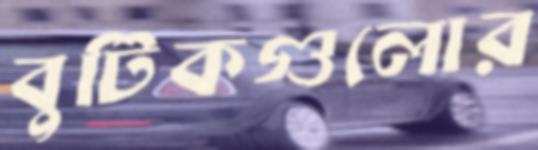
বুটিকগুলোর